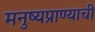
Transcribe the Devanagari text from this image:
मनुष्यप्राण्याची